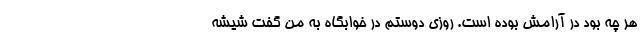
هر چه بود در آرامش بوده است. روزی دوستم در خوابگاه به من گفت شیشه